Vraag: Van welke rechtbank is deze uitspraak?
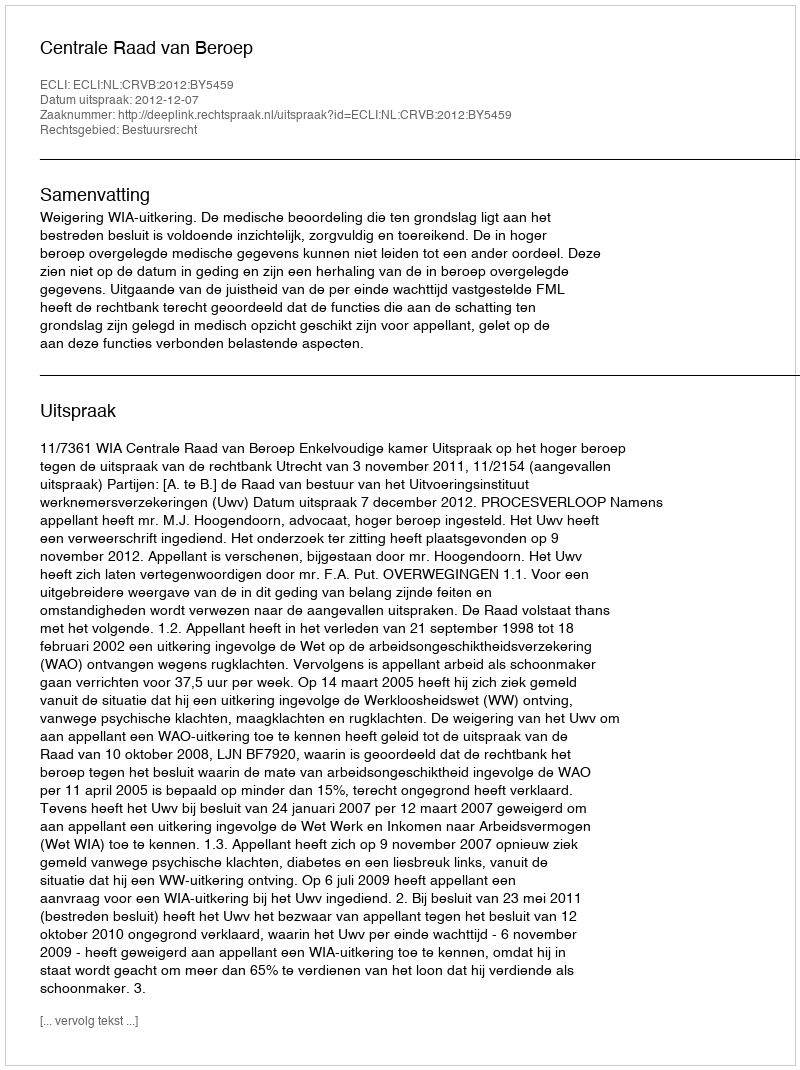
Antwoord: Centrale Raad van Beroep